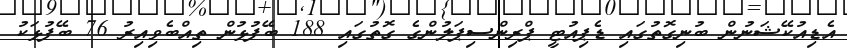
އެޑިއުކޭޝަނުން ބުނިގޮތުގައި ޑެޕިއުޓީ ޕްރިންސިޕަލުންގެ ގޮތުގައި 188 ބޭފުޅުން ތިއްބެވިއިރު 76 ބޭފުޅަކު